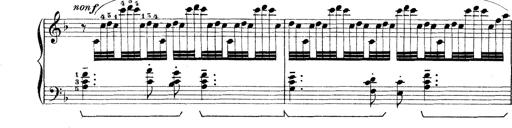
Title: Rapsodie: 19 ungheresi, 1 spagnuola
Composer: Franz Liszt